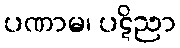
ပဏာမ၊ ပဋိညာ